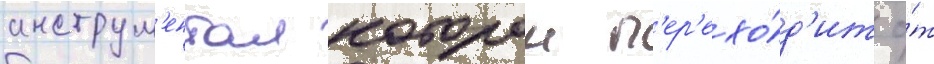
инструм'ентал которои п'ер'ехо́д'ит о́т